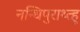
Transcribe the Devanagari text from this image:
नन्धिपुराथ्त्हू